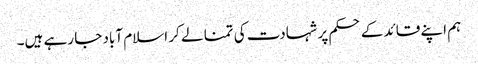
ہم اپنے قائد کے حکم پر شہادت کی تمنا لے کر اسلام آباد جا رہے ہیں۔